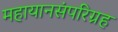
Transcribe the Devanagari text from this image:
महायानसंपरिग्रह